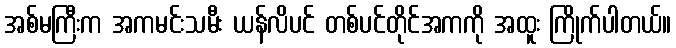
အစ်မကြီးက အကမင်းသမီး ယန်လိပင် တစ်ပင်တိုင်အကကို အထူး ကြိုက်ပါတယ်။